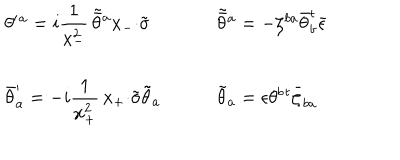
LaTeX: \begin{array} { l l } { { \theta ^ { \prime } { } ^ { a } = i \displaystyle { \frac { 1 } { x _ { - } ^ { 2 } } \, \tilde { \bar { \theta } } { } ^ { a } x _ { - } { \cdot \tilde { \sigma } } } ~ } } & { { ~ \tilde { \bar { \theta } } { } ^ { a } = - \zeta ^ { b a } \bar { \theta } _ { b } ^ { t } \bar { \epsilon } } } \\ { { { } } } & { { { } } } \\ { { \bar { \theta } _ { a } ^ { \prime } = - i \displaystyle { \frac { 1 } { x _ { + } ^ { 2 } } \, x _ { + } { \cdot \tilde { \sigma } } \tilde { \theta } _ { a } } ~ } } & { { ~ \tilde { \theta } _ { a } = \epsilon \theta ^ { b } { } ^ { t } \bar { \zeta } _ { b a } } } \\ \end{array}